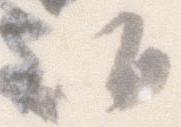
御